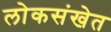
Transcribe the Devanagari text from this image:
लोकसंखेत